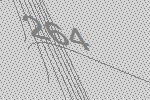
264